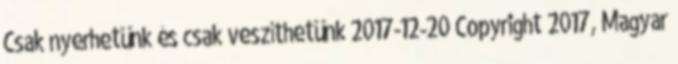
Csak nyerhetünk és csak veszíthetünk 2017-12-20 Copyright 2017, Magyar